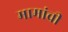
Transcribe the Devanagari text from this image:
मामांची